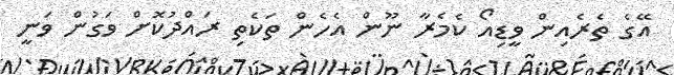
އޭގެ ތެރެއިން ވީޑިއޯ ކެމެރާ ނޫން އެހެން ތަކެތި ރައްދުކޮށް ވަގުން ވަނީ